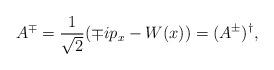
LaTeX: \begin{align*}A^{\mp} = \frac{1}{\sqrt{2}} (\mp ip_{x} - W(x)) = (A^{\pm})^{\dagger},\end{align*}